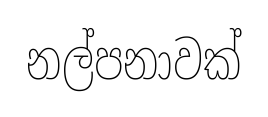
නල්පනාවක්